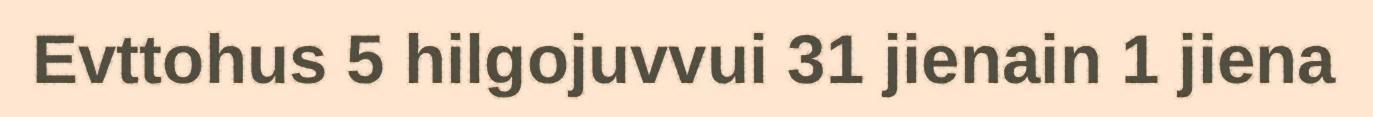
Evttohus 5 hilgojuvvui 31 jienain 1 jiena